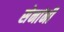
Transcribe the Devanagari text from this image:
सेनांनी